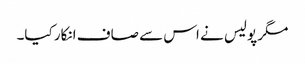
مگر پولیس نے اس سے صاف انکار کیا۔